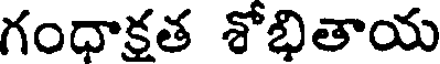
గంధాక్రత శోభితాయ